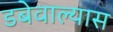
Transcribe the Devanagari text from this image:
डबेवाल्यास